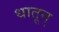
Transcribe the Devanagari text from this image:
धातून्